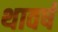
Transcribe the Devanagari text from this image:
थावर्ष